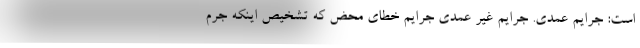
است: جرایم عمدی. جرایم غیر عمدی جرایم خطای محض که تشخیص اینکه جرم